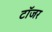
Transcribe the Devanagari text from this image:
टॉजर